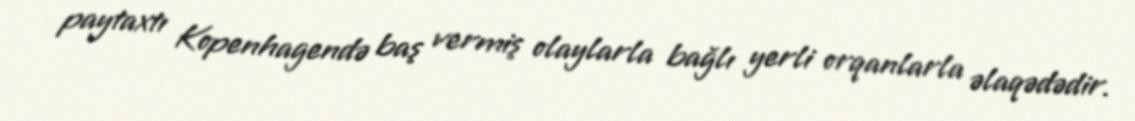
paytaxtı Kopenhagendə baş vermiş olaylarla bağlı yerli orqanlarla əlaqədədir.